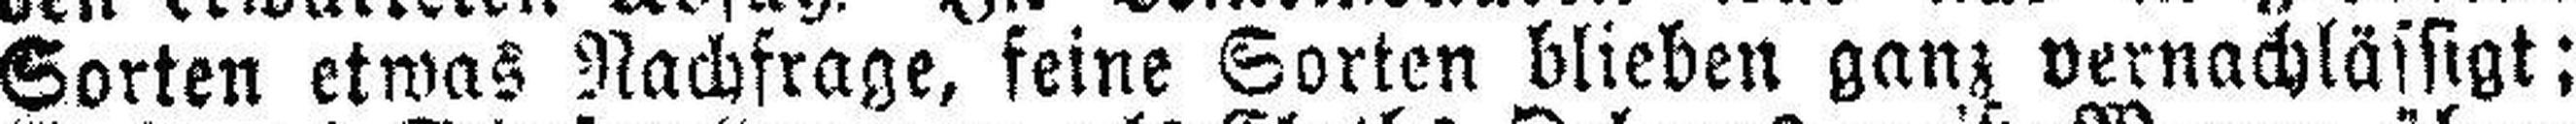
Sorten etwas Nachfrage, feine Sorten blieben ganz vernachlässigt;